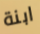
ابنة